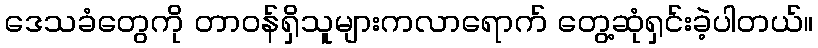
ဒေသခံတွေကို တာဝန်ရှိသူများကလာရောက် တွေ့ဆုံရှင်းခဲ့ပါတယ်။